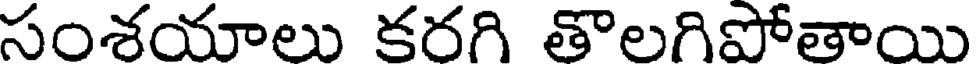
సంశయాలు కరగి తొలగిపోతాయి